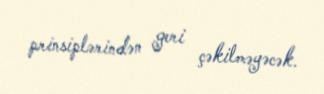
prinsiplərindən geri çəkilməyəcək.